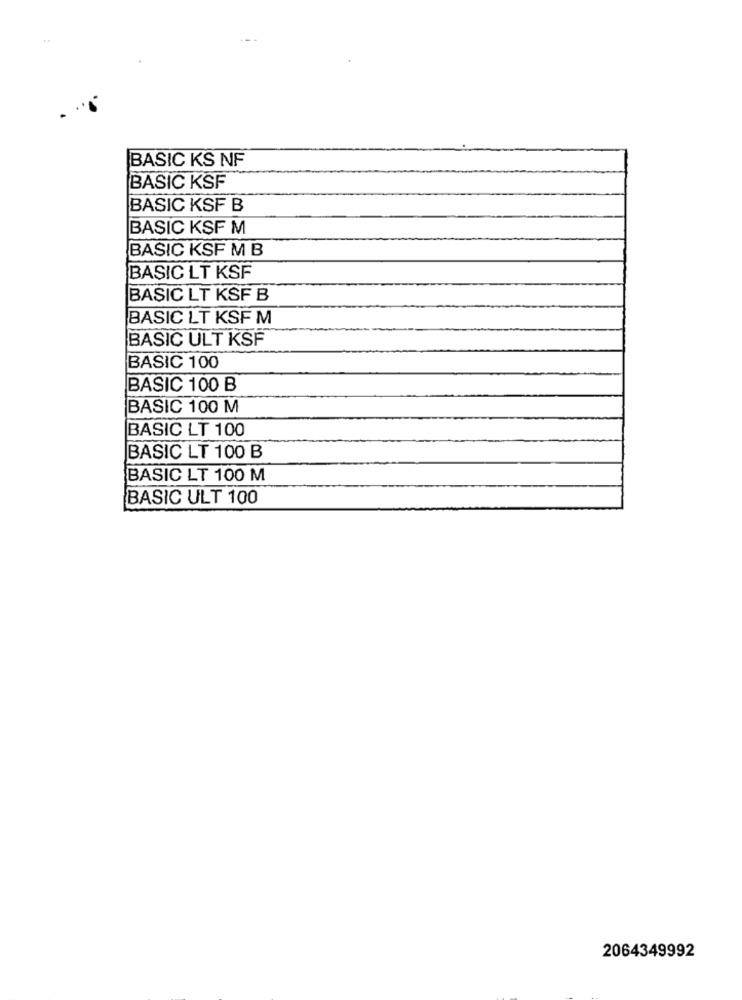
BASIC KS NF
BASIC KSF
BASIC KSF B
BASIC KSF M
BASIC KSF M B
BASIC LT KSF
BASIC LT KSF B
BASIC LT KSF M
BASIC ULT KSF
BASIC 100
BASIC 100 B
BASIC 100 M
BASIC LT 100
BASIC LT 100 B
BASIC LT 100 M
BASIC ULT 100
2064349992